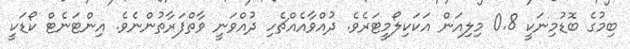
ބިމުގެ ބޮޑުމިނަކީ 0.8 މިލިއަން އަކަކިލޯމީޓަރެވެ. ދުއްވާއެއްޗެހި ދުއްވަނީ ވާތްފަރާތުންނެވެ. އިންޓަނެޓް ކޯޑަކީ